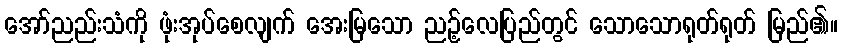
အော်ညည်းသံကို ဖုံးအုပ်စေလျက် အေးမြသော ညဉ့်လေပြည်တွင် သောသောရုတ်ရုတ် မြည်၏။